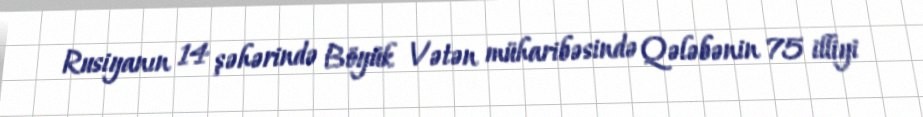
Rusiyanın 14 şəhərində Böyük Vətən müharibəsində Qələbənin 75 illiyi